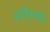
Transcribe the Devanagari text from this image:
प्रतिगृणाति।